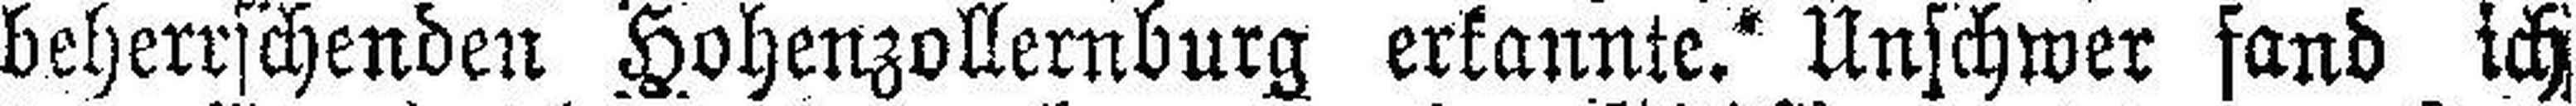
beherrschenden Hohenzollernburg erkannte.“ Unschwer fand ich